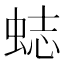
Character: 𧋺